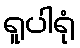
ရူပါရုံ